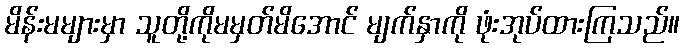
မိန်းမများမှာ သူတို့ကိုမမှတ်မိအောင် မျက်နှာကို ဖုံးအုပ်ထားကြသည်။